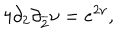
4 \partial _ { 2 } \partial _ { \overline { { { 2 } } } } \nu = e ^ { 2 \nu } ,